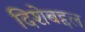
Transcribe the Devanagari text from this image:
दिशेबद्दल